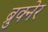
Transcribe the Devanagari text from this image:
ब्रुक्नेर